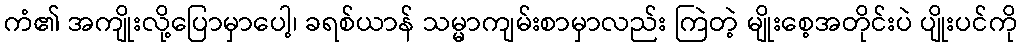
ကံ၏ အကျိုးလို့ပြောမှာပေါ့၊ ခရစ်ယာန် သမ္မာကျမ်းစာမှာလည်း ကြဲတဲ့ မျိုးစေ့အတိုင်းပဲ ပျိုးပင်ကို